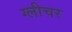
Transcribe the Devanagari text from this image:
ग्लीचर